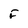
Character: F